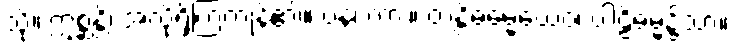
သို့။ ဣစ္ဆန္တိ၊ အလိုရှိကြကုန်၏။ ပန၊ ကား။ တန္တိဓမ္မေယေဝ၊ ပါဠိဓမ္မ၌သာ။